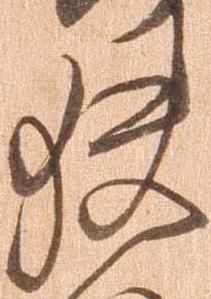
狭